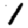
Digit: 1